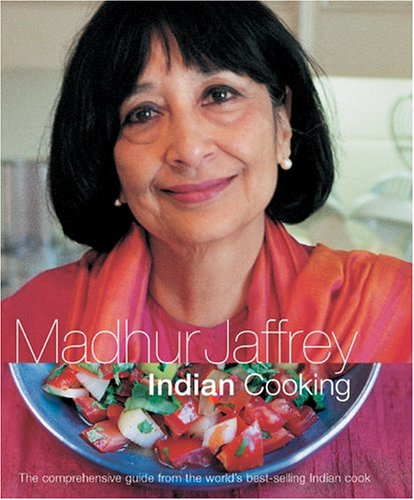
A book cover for Madhur Jaffrey Indian Cooking; Madhur Jaffrey; Cookbooks, Food & Wine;